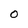
Character: O